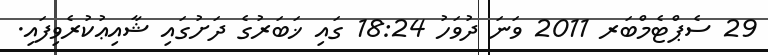
29 ސެޕްޓެމްބަރ 2011 ވަނަ ދުވަހު 18:24 ގައި ޚަބަރުގެ ދަށުގައި ޝާއިޢުކުރެވިފައި.